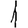
Digit: 1